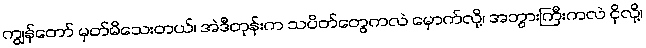
ကျွန်တော် မှတ်မိသေးတယ်၊ အဲဒီတုန်းက သပိတ်တွေကလဲ မှောက်လို့၊ အဘွားကြီးကလဲ ငိုလို့၊